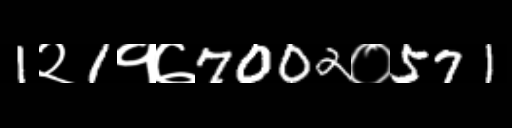
Text: 1२1१७7002०571